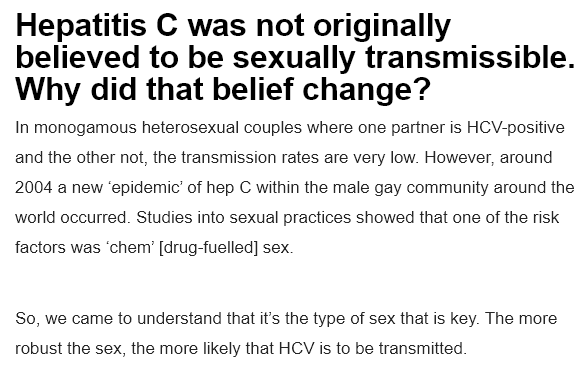
Hepatitis    C   was    not originally
  believed    to  be   sexually    transmissible.
  Why   did    that    belief    change?
  In monogamous  heterosexual couples where one partner is HCV-positive
  and the other not, the transmission rates are very low. However, around
  2004 a new ‘epidemic’ of hep C within the male gay community around the
  world occurred. Studies into sexual practices showed that one of the risk
  factors was ‘chem’ [drug-fuelled] sex
  So, we came to understand that it’s the type of sex that is key. The more
  robust the sex, the more likely that HCV is to be transmitted.